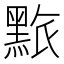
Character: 𪑄